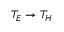
T _ { E } \to T _ { H }